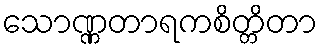
သောဏ္ဏတာရကစိတ္တိတာ